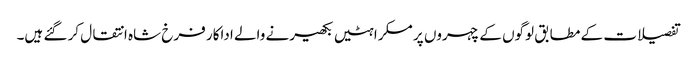
تفصیلات کے مطابق لوگوں کے چہروں پر مسکراہٹیں بکھیرنے والے اداکار فرخ شاہ انتقال کر گئے ہیں۔